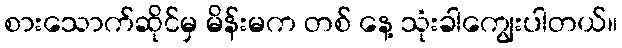
စားသောက်ဆိုင်မှ မိန်းမက တစ် နေ့ သုံးခါကျွေးပါတယ်။